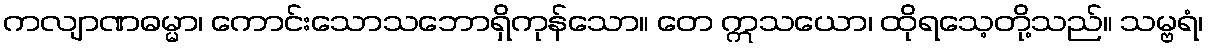
ကလျာဏဓမ္မာ၊ ကောင်းသောသဘောရှိကုန်သော။ တေ ဣသယော၊ ထိုရသေ့တို့သည်။ သမ္ဗရံ၊